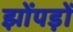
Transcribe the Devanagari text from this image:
झोंपड़ों